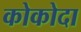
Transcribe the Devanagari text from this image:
कोकोदा